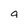
Character: a